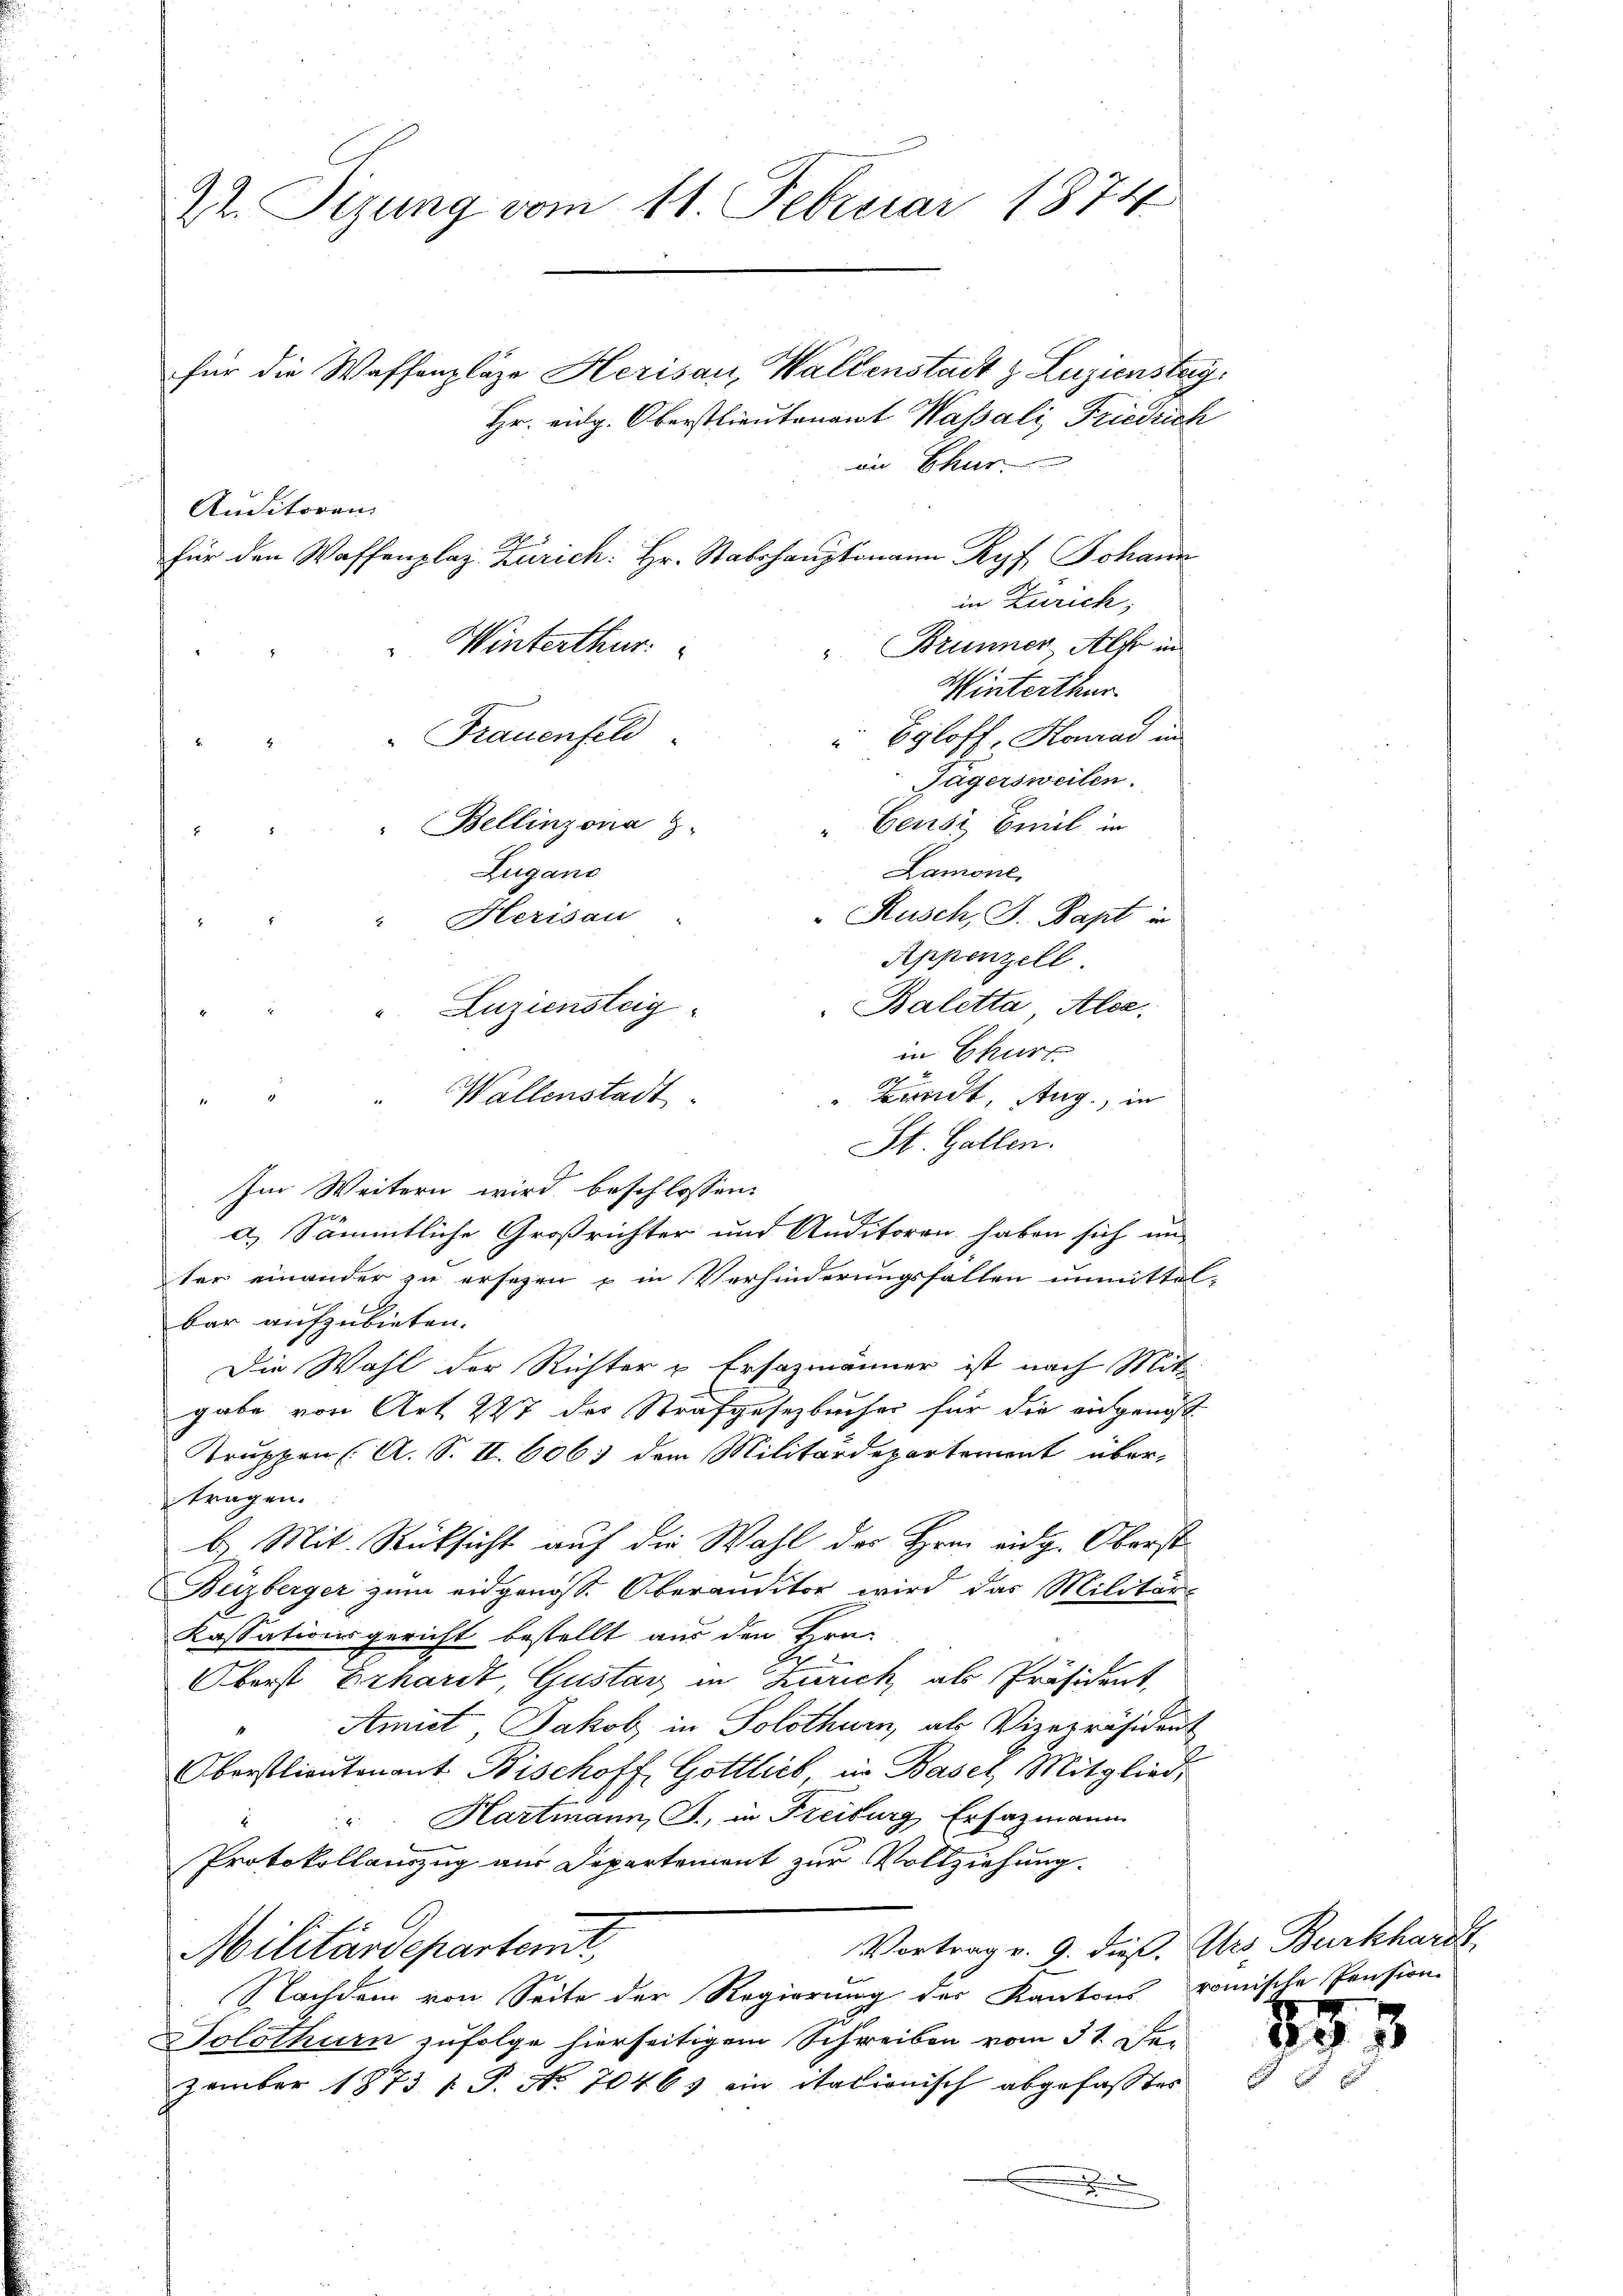
St. Sizung vom 11. Februar 1874

für die Waffenpläge Herisau, Wallenstadt & Zuzienstag

Auditoren.

Bellinzona z
Zugano
Herisau
". Luziensteig

Winterthur.

Hr. eidg. Oberstlieutenamt Wassali, Friedrich
im Thier
für den Waffenplaz Zürich: Hr. Stabshauptmann Ryf Johann
in Zürich,
Brunnen Als in
Winterthur
Frauenfeld
Egloff, Konrad in
Gagersweilen.
Censi Emil in
Baletta Alde.
in Chur
 Bundt, Aug., in
" Wallenstadt
St. Gallen.
Im Weitern wird beschlossen:
a.) Sämmtliche Großrichter und Anditoren haben sich un-
ter einander zu ersezen & in Verhinderungsfallen unmittel-
bar aufzubieten.
Die Wahl der Richter u Ersazmänner ist nach Mit
gabe von Art. 227 der Strafgesetzbucher für die eingenos¬
Truppen (: A. S. II. 6063 dem Militärdepartement über-
tragen.
b.) Mit Rücksicht auf die Wahl des Hrnn eidg. Oberst
Beizberger zum eidgenöss. Oberanditor wird das Militär-
Kassationsgericht bestellt aus den Hra-
Oberst Erhardt, Gustav in Zürich als Präsident,
Amiet, Jakob, in Solothurn, als Vizepräsident
Oberstlieutenant Bischoff, Gottlich, in Basel, Mitglied,
Hartmann, J., in Freiburg Ersazmann
Protokollauszug aus Departement zur Vollziehung.
Vortrag v. 9. dieß. Mrs. Burkhardt
Militärdepartemt,
Nachdem von Seite der Regierung der Kantons römische Pension
Solothurn zufolge hierseitigem Schreiben vom 31. Sei-
zember 1873 s P. No. 70463 ein italionisch abgefasstes
D
e
x

Lamone
Rusch, J. Bapt in
Appenzell

893